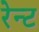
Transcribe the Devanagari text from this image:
रेन्ट